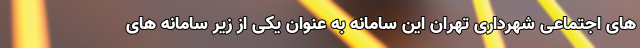
های اجتماعی شهرداری تهران این سامانه به عنوان یکی از زیر سامانه های